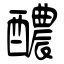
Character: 醲